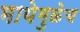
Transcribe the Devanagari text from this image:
मायेमुळेच